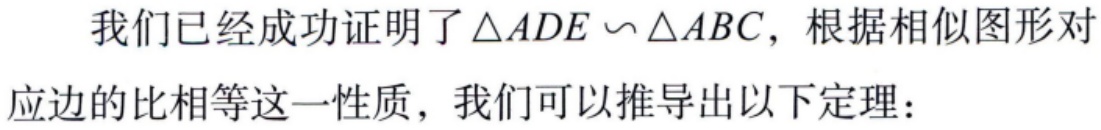
我们已经成功证明了$\triangle ADE \backsim \triangle ABC$，根据相似图形对应边的比相等这一性质，我们可以推导出以下定理：